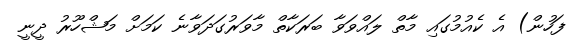
ފަހުން) އެ ކެއުމުގައި މާތް ލައްވަވާ ބަރަކާތް މާވަރުގަދަވާނެ ކަމަށް މަޝްހޫރު ދީނީ